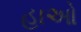
હાઓ